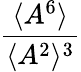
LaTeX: \frac{\langle A^{6}\rangle}{\langle A^{2}\rangle^{3}}